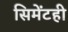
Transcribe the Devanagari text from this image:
सिमेंटही